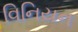
વિનિયન